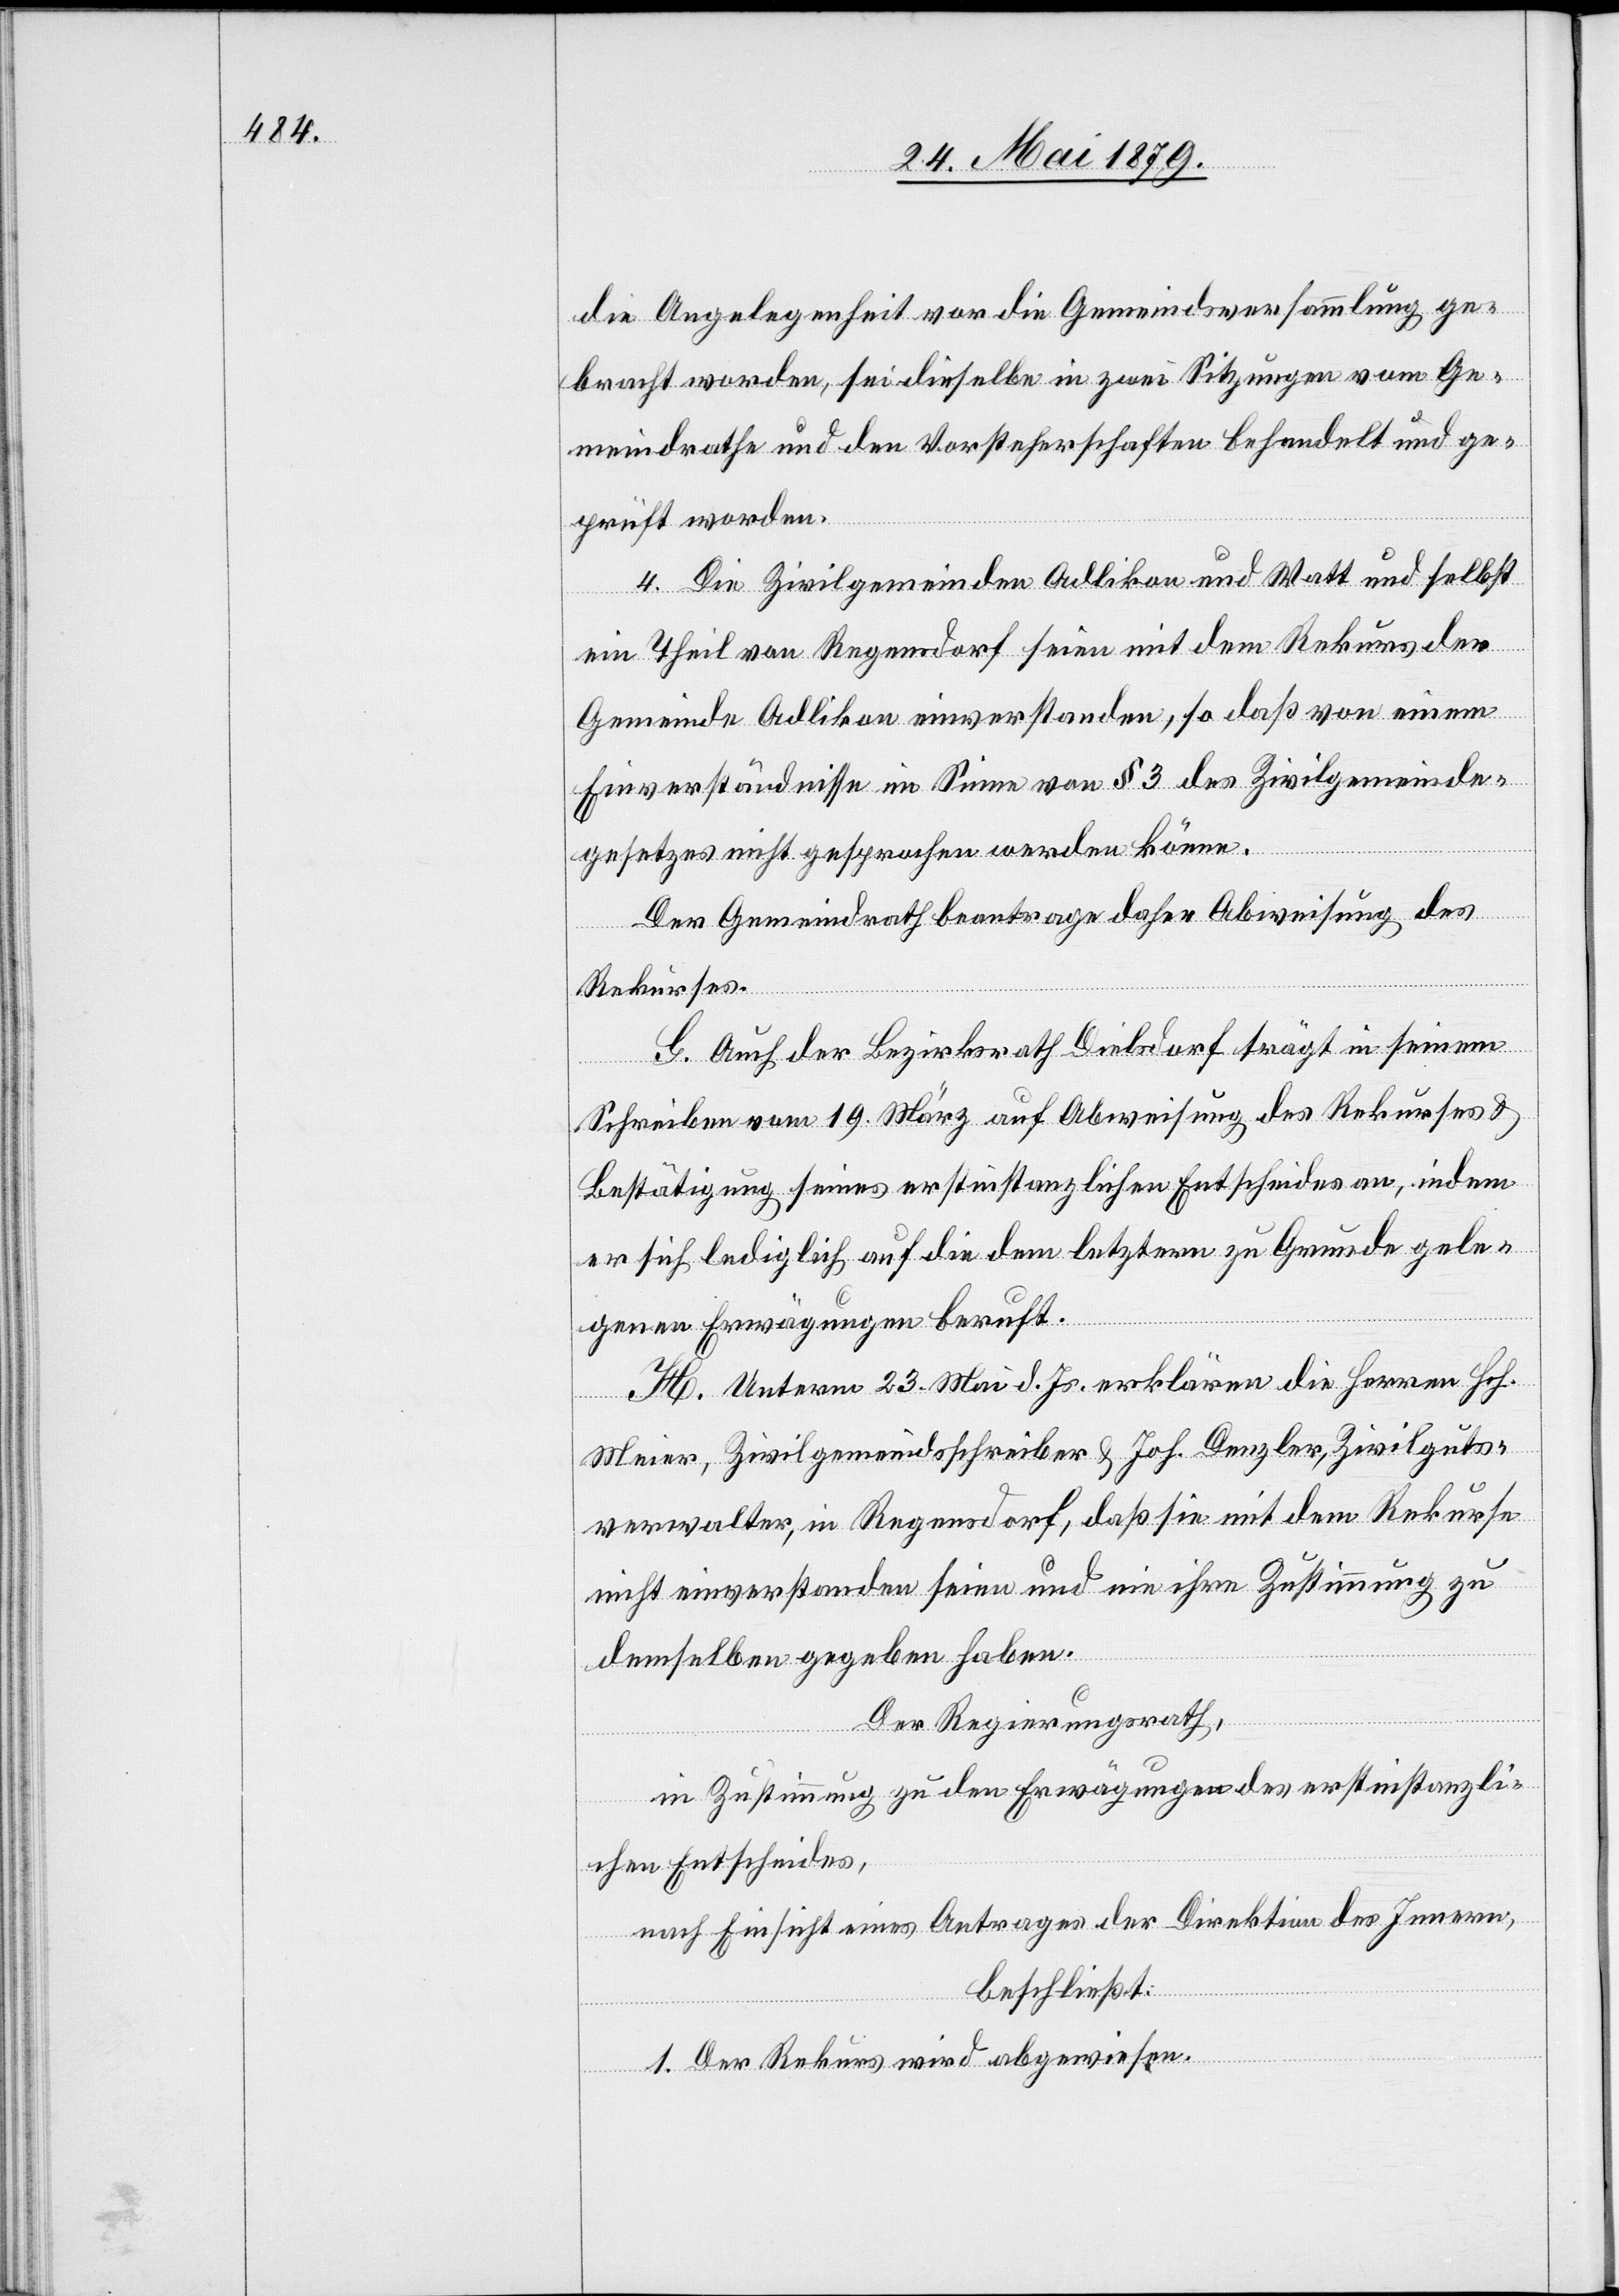
die Angelegenheit vor die Gemeindsversammlung ge¬
bracht worden, sei dieselbe in zwei Sitzungen vom Ge¬
meindrathe und den Vorsteherschaften behandelt und ge¬
prüft worden.
4. Die Zivilgemeinden Adlikon und Watt und selbst
ein Theil von Regensdorf seien mit dem Rekurs der
Gemeinde Adlikon einverstanden, so daß von einem
Einverständnisse im Sinne von § 3 des Zivilgemeinde¬
gesetzes nicht gesprochen werden könne.
Der Gemeindrath beantrage daher Abweisung des
Rekurses.
G. Auch der Bezirksrath Dielsdorf trägt in seinem
Schreiben vom 19. März auf Abweisung des Rekurses &
Bestätigung seines erstinstanzlichen Entscheides an, indem
er sich lediglich auf die dem letztern zu Grunde gele¬
genen Erwägungen beruft.
H. Unterm 23. Mai d. Js. erklären die Herren Hch.
Meier, Zivilgemeindsschreiber & Joh. Denzler, Zivilguts¬
verwalter, in Regensdorf, daß sie mit dem Rekurse
nicht einverstanden seien und nie ihre Zustimmung zu
demselben gegeben haben.
Der Regierungsrath,
in Zustimmung zu den Erwägungen des erstinstanzli¬
chen Entscheides,
nach Einsicht eines Antrages der Direktion des Innern,
beschließt:
1. Der Rekurs wird abgewiesen.